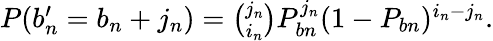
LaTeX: \begin{array}{r}{P(b_{n}^{\prime}=b_{n}+j_{n})=\binom{j_{n}}{i_{n}}P_{bn}^{j_{n}}(1-P_{bn})^{i_{n}-j_{n}}.}\end{array}